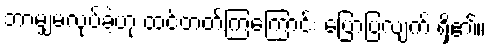
ဘာမျှမလုပ်ခဲ့ဟု ထင်တတ်ကြကြောင်း ပြောပြလျက် ရှိ၏။